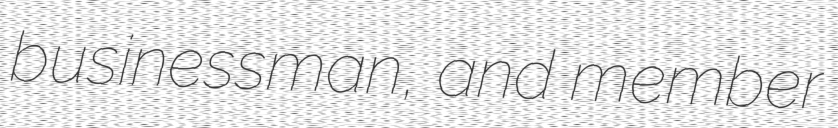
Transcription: businessman, and member